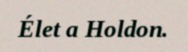
Élet a Holdon.